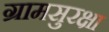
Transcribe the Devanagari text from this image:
ग्रामसुरक्षा